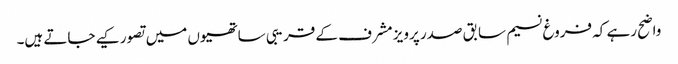
واضح رہے کہ فروغ نسیم سابق صدر پرویز مشرف کے قریبی ساتھیوں میں تصور کیے جاتے ہیں۔